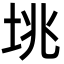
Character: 垗